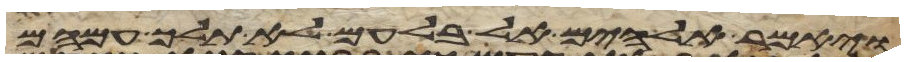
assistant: ויאמר אלהים אל בלעם לא תלך עמהם